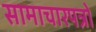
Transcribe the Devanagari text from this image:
सामाचारपत्रों